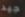
جيد